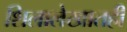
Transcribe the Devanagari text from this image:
शिलालेखातही